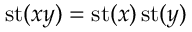
\operatorname { s t } ( x y ) = \operatorname { s t } ( x ) \operatorname { s t } ( y )